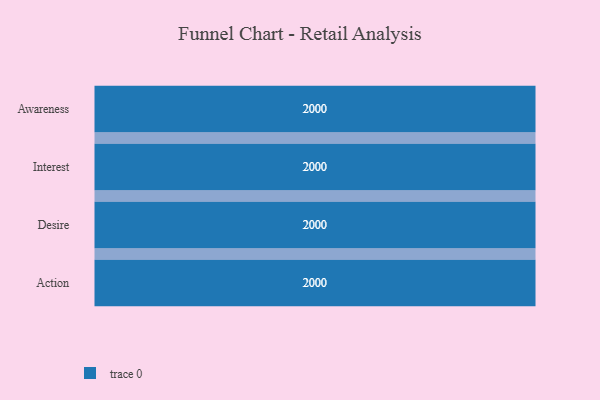
{"axis": {"x": "Stage", "y": "Value"}, "legend": [""], "data": [{"x": "Awareness", "y": 2000, "type": ""}, {"x": "Interest", "y": 2000, "type": ""}, {"x": "Desire", "y": 2000, "type": ""}, {"x": "Action", "y": 2000, "type": ""}]}